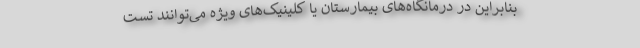
بنابراین در درمانگاه‌های بیمارستان یا کلینیک‌های ویژه می‌توانند تست